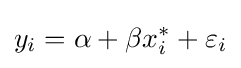
y_{i}=\alpha +\beta x_{i}^{*}+\varepsilon _{i}